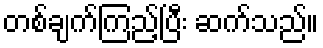
တစ်ချက်ကြည့်ပြီး ဆက်သည်။